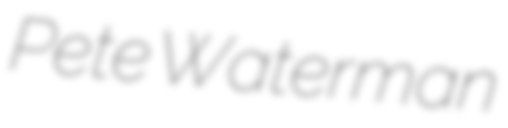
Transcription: Pete Waterman